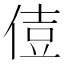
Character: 𠊪